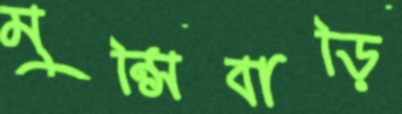
মুন্সিবাড়ি